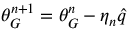
\theta _ { G } ^ { n + 1 } = \theta _ { G } ^ { n } - \eta _ { n } \hat { q }